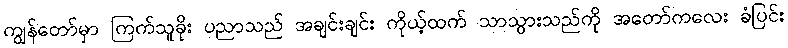
ကျွန်တော်မှာ ကြက်သူခိုး ပညာသည် အချင်းချင်း ကိုယ့်ထက် သာသွားသည်ကို အတော်ကလေး ခံပြင်း